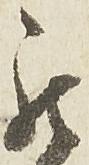
被